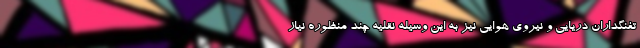
تفنگداران دریایی و نیروی هوایی نیز به این وسیله نقلیه چند منظوره نیاز